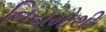
નિયમોથી